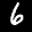
Label: 6